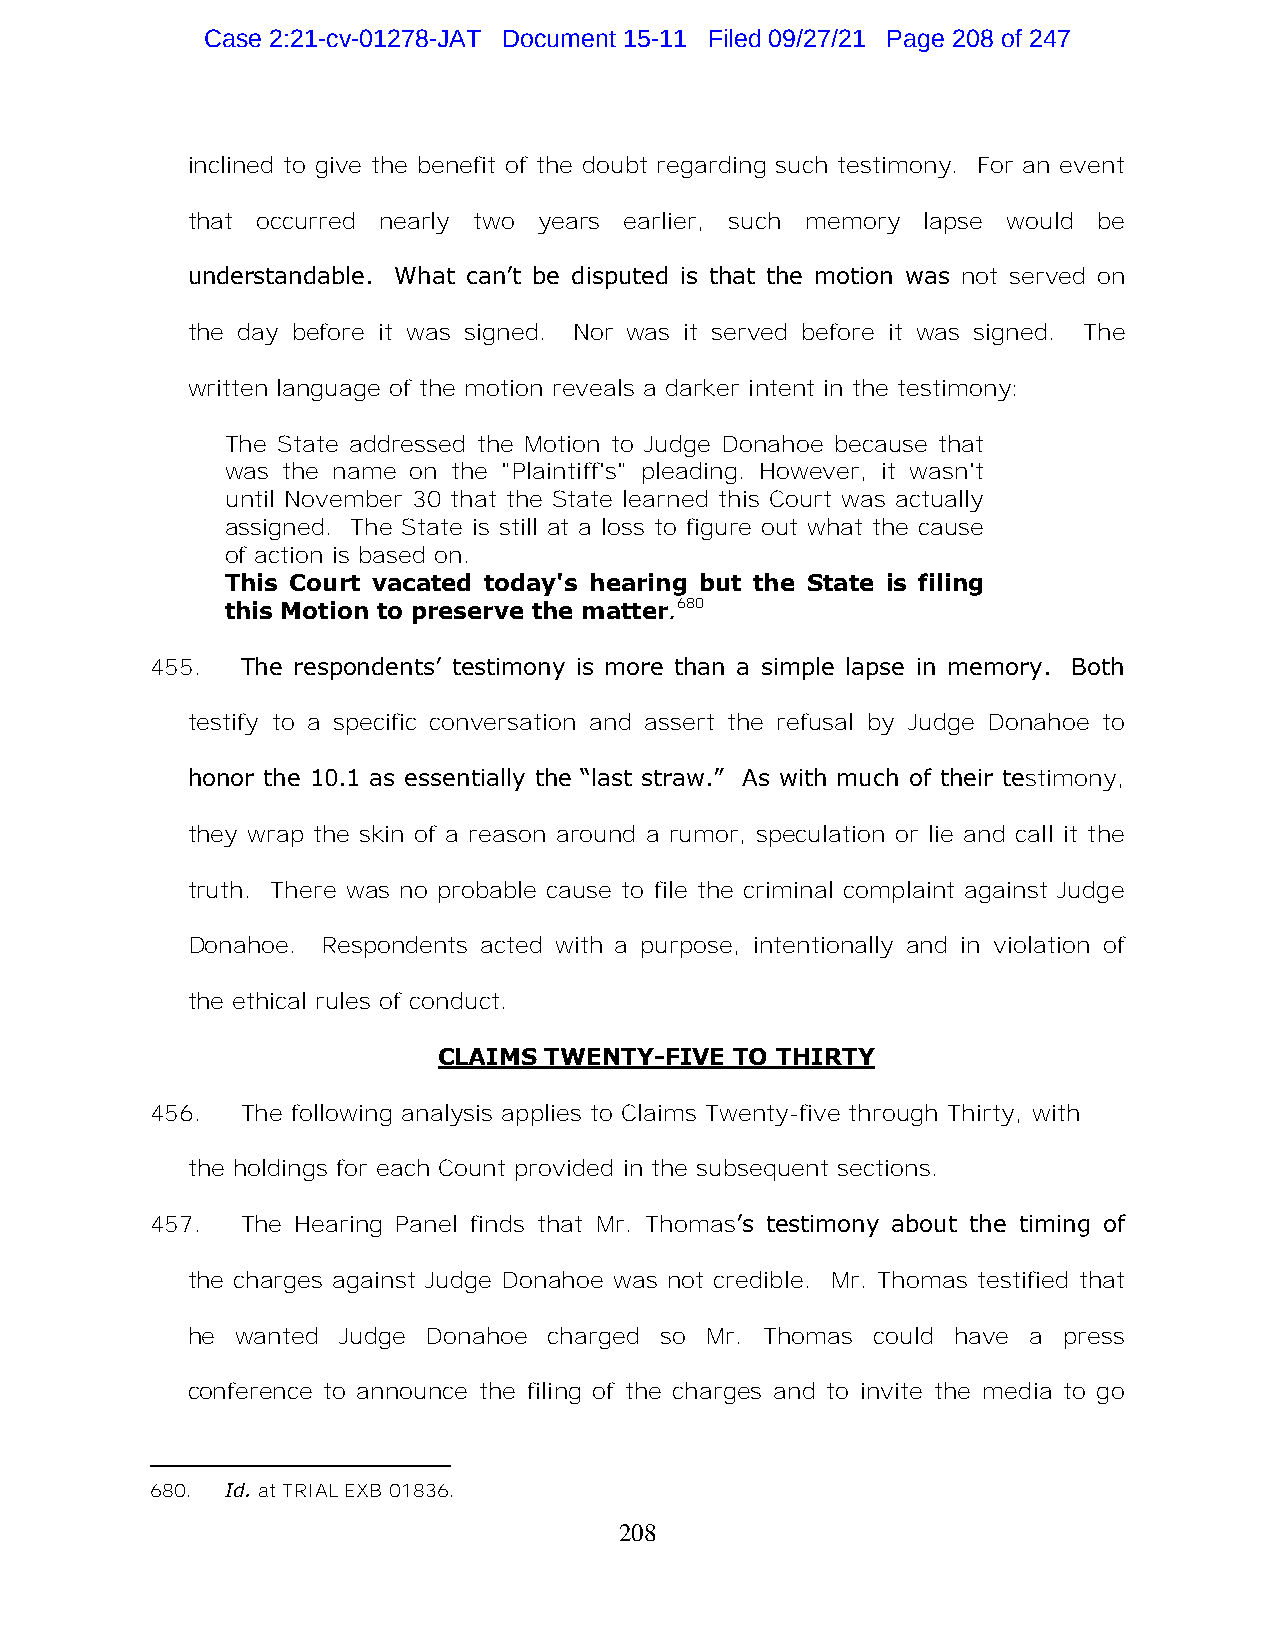
Case 2:21-cv-01278-JAT Document 15-11 Filed 09/27/21 Page 208 of 247
 inclined to give the benefit of the doubt regarding such testimony. For an event
 that occurred nearly two years earlier, such memory lapse would be
 understandable. What can’t be disputed is that the motion was not served on
 the day before it was signed. Nor was it served before it was signed. The
 written language of the motion reveals a darker intent in the testimony:
 The State addressed the Motion to Judge Donahoe because that
 was the name on the "Plaintiff's" pleading. However, it wasn't
 until November 30 that the State learned this Court was actually
 assigned. The State is still at a loss to figure out what the cause
 of action is based on.
 This Court vacated today's hearing but the State is filing
 this Motion to preserve the matter.680
 455.  The respondents’ testimony is more than a simple lapse in memory. Both
 testify to a specific conversation and assert the refusal by Judge Donahoe to
 honor the 10.1 as essentially the “last straw.” As with much of their testimony,
 they wrap the skin of a reason around a rumor, speculation or lie and call it the
 truth. There was no probable cause to file the criminal complaint against Judge
 Donahoe. Respondents acted with a purpose, intentionally and in violation of
 the ethical rules of conduct.
 CLAIMS TWENTY-FIVE  TO THIRTY
 456.  The following analysis applies to Claims Twenty-five through Thirty, with
 the holdings for each Count provided in the subsequent sections.
 457.  The Hearing Panel finds that Mr. Thomas’s testimony about the timing of
 the charges against Judge Donahoe was not credible. Mr. Thomas testified that
 he  wanted Judge Donahoe charged so Mr. Thomas could have a press
 conference to announce the filing of the charges and to invite the media to go
 680. Id. at TRIAL EXB 01836.
 208